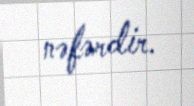
nəfərdir.